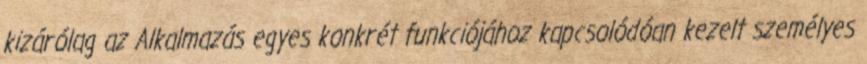
kizárólag az Alkalmazás egyes konkrét funkciójához kapcsolódóan kezelt személyes